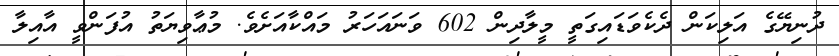
ދުނިޔޭގެ އަލިކަން ދެކެވަޑައިގަތީ މީލާދިން 602 ވަނައަހަރު މައްކާއަށެވެ. މުޢާވިޔަތު އުފަންވީ އާއިލާ